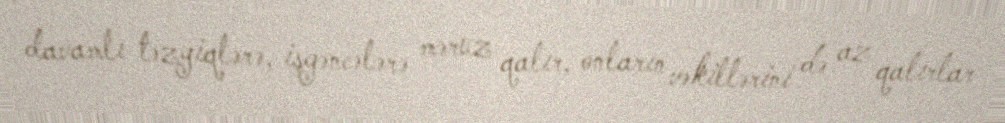
davamlı təzyiqlərə, işgəncələrə məruz qalır, onların vəkillərini də az qalırlar